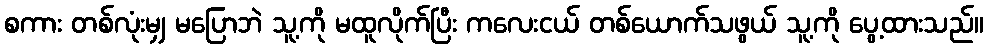
စကား တစ်လုံးမျှ မပြောဘဲ သူ့ကို မထူလိုက်ပြီး ကလေးငယ် တစ်ယောက်သဖွယ် သူ့ကို ပွေ့ထားသည်။